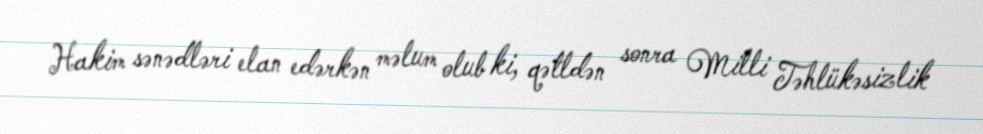
Hakim sənədləri elan edərkən məlum olub ki, qətldən sonra Milli Təhlükəsizlik